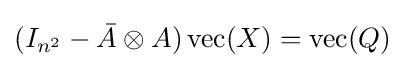
(I_{n^{2}}-{\bar {A}}\otimes A)\operatorname {vec} (X)=\operatorname {vec} (Q)